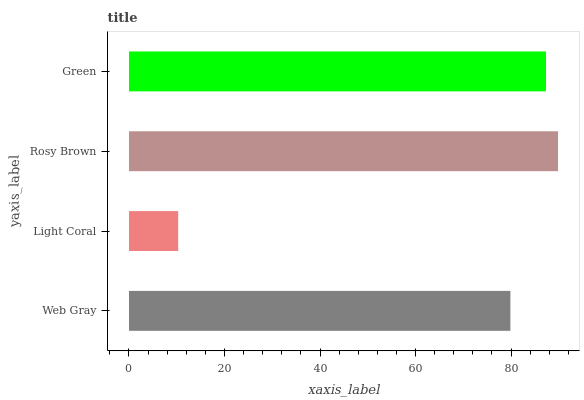
| yaxis_label | bars |
 | --- | --- |
 | Web Gray | 79.9 |
 | Light Coral | 10.3 |
 | Rosy Brown | 89.8 |
 | Green | 87.3 |